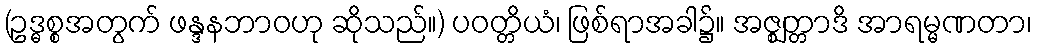
(ဥဒ္ဓစ္စအတွက် ဖန္ဒနဘာဝဟု ဆိုသည်။) ပဝတ္တိယံ၊ ဖြစ်ရာအခါ၌။ အဇ္ဈတ္တာဒိ အာရမ္မဏတာ၊